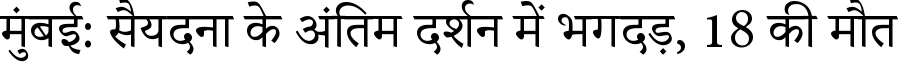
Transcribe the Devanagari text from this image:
मुंबई: सैयदना के अंतिम दर्शन में भगदड़, 18 की मौत